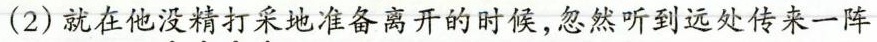
(2)就在他没精打采地准备离开的时候，忽然听到远处传来一阵